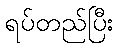
ရပ်တည်ပြီး